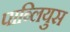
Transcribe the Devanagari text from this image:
पाब्लियुस